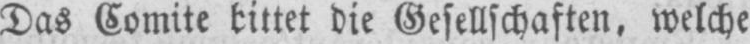
Das Comite bittet die Gesellschaften. welche